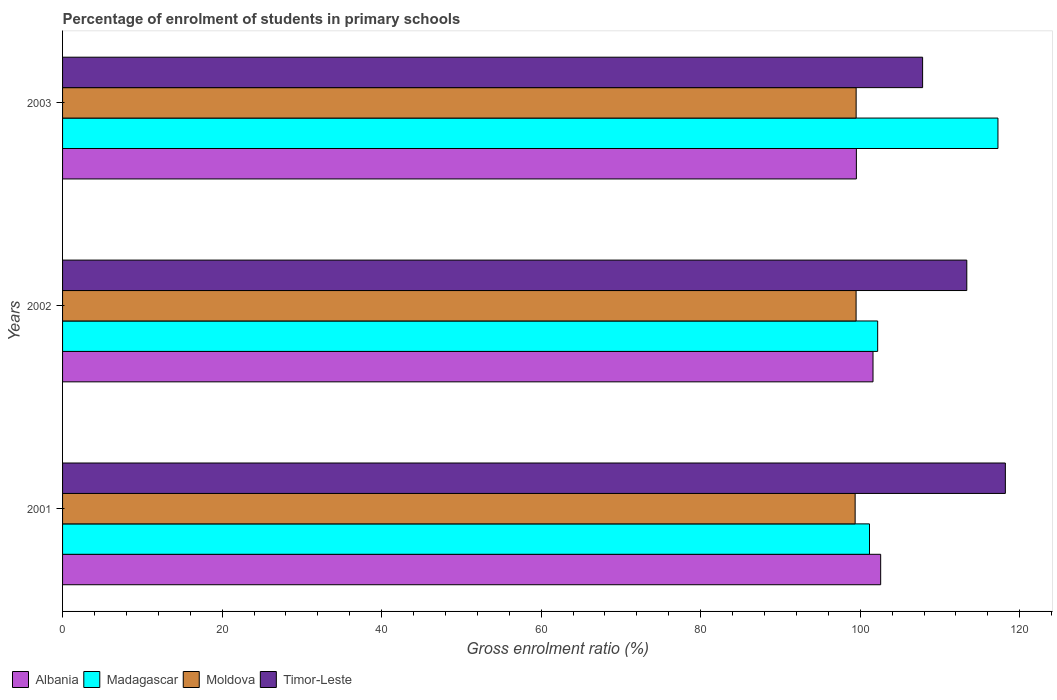
| Years | Albania | Madagascar | Moldova | Timor-Leste |
 | --- | --- | --- | --- | --- |
 | 2001 | 103 | 101 | 99.4 | 118 |
 | 2002 | 102 | 102 | 99.5 | 113 |
 | 2003 | 99.5 | 117 | 99.5 | 108 |